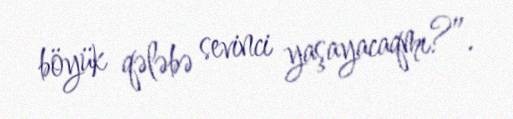
böyük qələbə sevinci yaşayacaqmı?”.